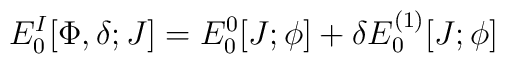
E_0^{I}[\Phi,\delta;J]=E_0^{0}[J;\phi]+\delta E_0^{(1)}[J;\phi]